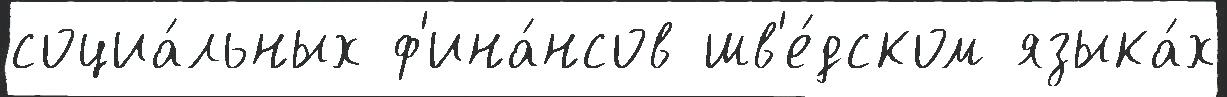
социа́льных ф'ина́нсов шв'е́дском языка́х